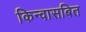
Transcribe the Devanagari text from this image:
किन्वासबित